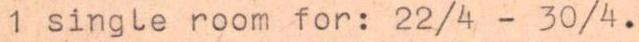
1 single room for: 22/4 - 30/4.